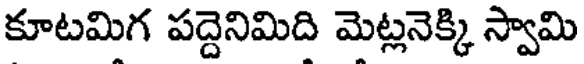
కూటమిగ పద్దెనిమిది మెట్లనెక్కి స్వామి